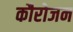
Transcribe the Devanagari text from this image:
कौरोजन